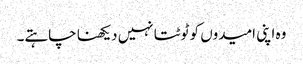
وہ اپنی امیدوں کو ٹوٹتا نہیں دیکھنا چاہتے۔